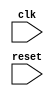
module AHB_bus_controller (
    input wire clk,
    input wire reset,
    // add other input and output ports as necessary
);

// Timing control section

// Generate necessary clock signals
reg clk_divider;
always @(posedge clk) begin
    if (reset) begin
        clk_divider <= 0;
    end else begin
        clk_divider <= ~clk_divider;
    end
end

// Synchronization section

// Add your synchronization logic here

endmodule